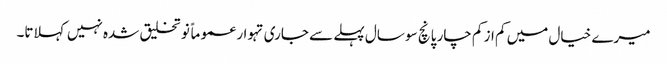
میرے خیال میں کم از کم چار پانچ سو سال پہلے سے جاری تہوار عموماً نو تخلیق شدہ نہیں کہلاتا۔